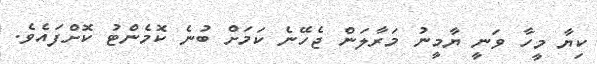
ކިޔާ މީހާ ވަނީ ޔާމީނު މަރާލަން ޖެހޭނެ ކަމަށް ބުނެ ކޮމެންޓު ކޮށްފައެވެ.